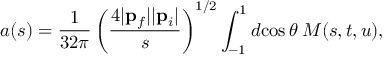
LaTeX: a ( s ) = \frac { 1 } { 3 2 \pi } \left( \frac { 4 | { \bf p } _ { f } | | { \bf p } _ { i } | } { s } \right) ^ { 1 / 2 } \int _ { - 1 } ^ { 1 } d \! \cos \theta \: M ( s , t , u ) ,